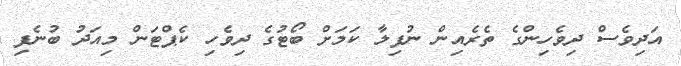
އަދިވެސް ދިވެހިންގެ ތެރެއިން ނުފިލާ ކަމަށް ބޯޓުގެ ދިވެހި ކެޕްޓަން މިއަދު ބުނެފި